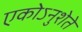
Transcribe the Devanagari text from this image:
एकोऽनुशेते